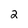
Character: 2